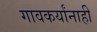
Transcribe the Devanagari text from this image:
गावकर्यांनाही